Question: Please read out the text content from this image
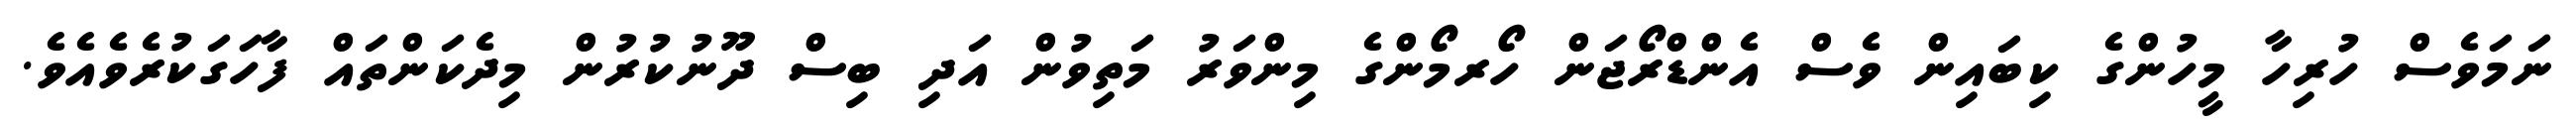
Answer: ނަމަވެސް ހުރިހާ މީހުންގެ ކިބައިން ވެސް އެންޑްރޯޖަން ހޯރމޯންގެ މިންވަރު މަތިވުން އަދި ބިސް ދޫނުކުރުން މިދެކަންތައް ފާހަގަކުރެވެއެވެ.